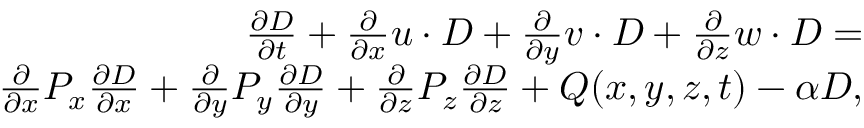
\begin{array} { r } { \frac { \partial D } { \partial t } + \frac { \partial } { \partial x } u \cdot D + \frac { \partial } { \partial y } v \cdot D + \frac { \partial } { \partial z } w \cdot D = } \\ { \frac { \partial } { \partial x } P _ { x } \frac { \partial D } { \partial x } + \frac { \partial } { \partial y } P _ { y } \frac { \partial D } { \partial y } + \frac { \partial } { \partial z } P _ { z } \frac { \partial D } { \partial z } + Q ( x , y , z , t ) - \alpha D , } \end{array}